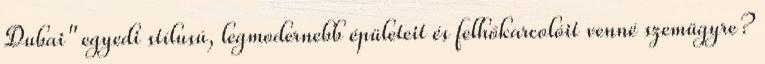
Dubai" egyedi stílusú, legmodernebb épületeit és felhőkarcolóit venné szemügyre?